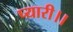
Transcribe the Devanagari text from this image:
प्यारी।।